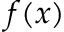
f ( x )